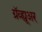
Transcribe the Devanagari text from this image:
ग्रॅव्ह्यूअर